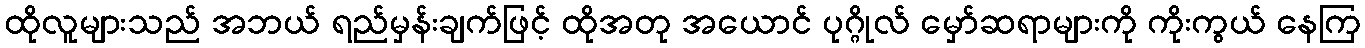
ထိုလူများသည် အဘယ် ရည်မှန်းချက်ဖြင့် ထိုအတု အယောင် ပုဂ္ဂိုလ် မှော်ဆရာများကို ကိုးကွယ် နေကြ